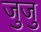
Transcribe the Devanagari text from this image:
जुजु